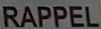
RAPPEL